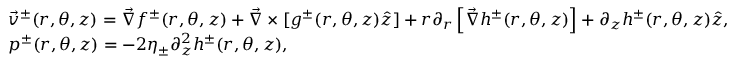
\begin{array} { r l } & { \vec { v } ^ { \pm } ( r , \theta , z ) = \vec { \nabla } f ^ { \pm } ( r , \theta , z ) + \vec { \nabla } \times [ g ^ { \pm } ( r , \theta , z ) \hat { z } ] + r \partial _ { r } \left[ \vec { \nabla } h ^ { \pm } ( r , \theta , z ) \right] + \partial _ { z } h ^ { \pm } ( r , \theta , z ) \hat { z } , } \\ & { p ^ { \pm } ( r , \theta , z ) = - 2 \eta _ { \pm } \partial _ { z } ^ { 2 } h ^ { \pm } ( r , \theta , z ) , } \end{array}